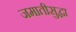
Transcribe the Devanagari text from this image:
जमातीसुद्धा